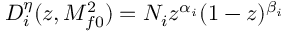
D _ { i } ^ { \eta } ( z , M _ { f 0 } ^ { 2 } ) = N _ { i } z ^ { \alpha _ { i } } ( 1 - z ) ^ { \beta _ { i } }